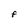
Character: F